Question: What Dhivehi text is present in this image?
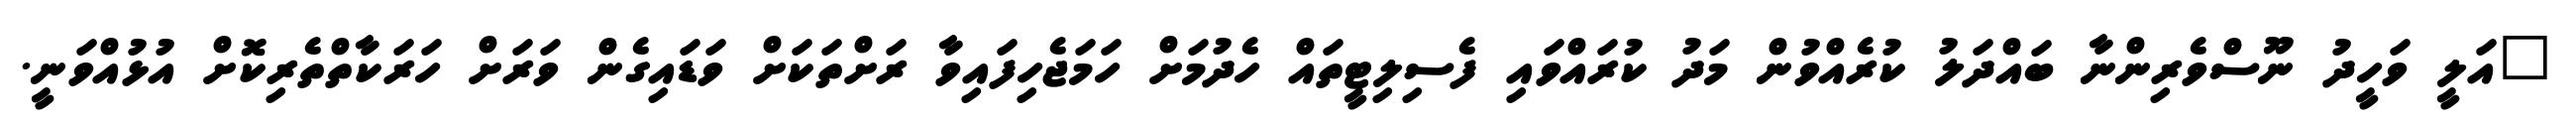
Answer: "އަލީ ވަހީދު ނޫސްވެރިންނާ ބައްދަލު ކުރެއްވުން މަދު ކުރައްވައި ފެސިލިޓީތައް ހެދުމަށް ހަމަޖެހިފައިވާ ރަށްތަކަށް ވަޑައިގެން ވަރަށް ހަރަކާތްތެރިކޮށް އުޅުއްވަނީ.